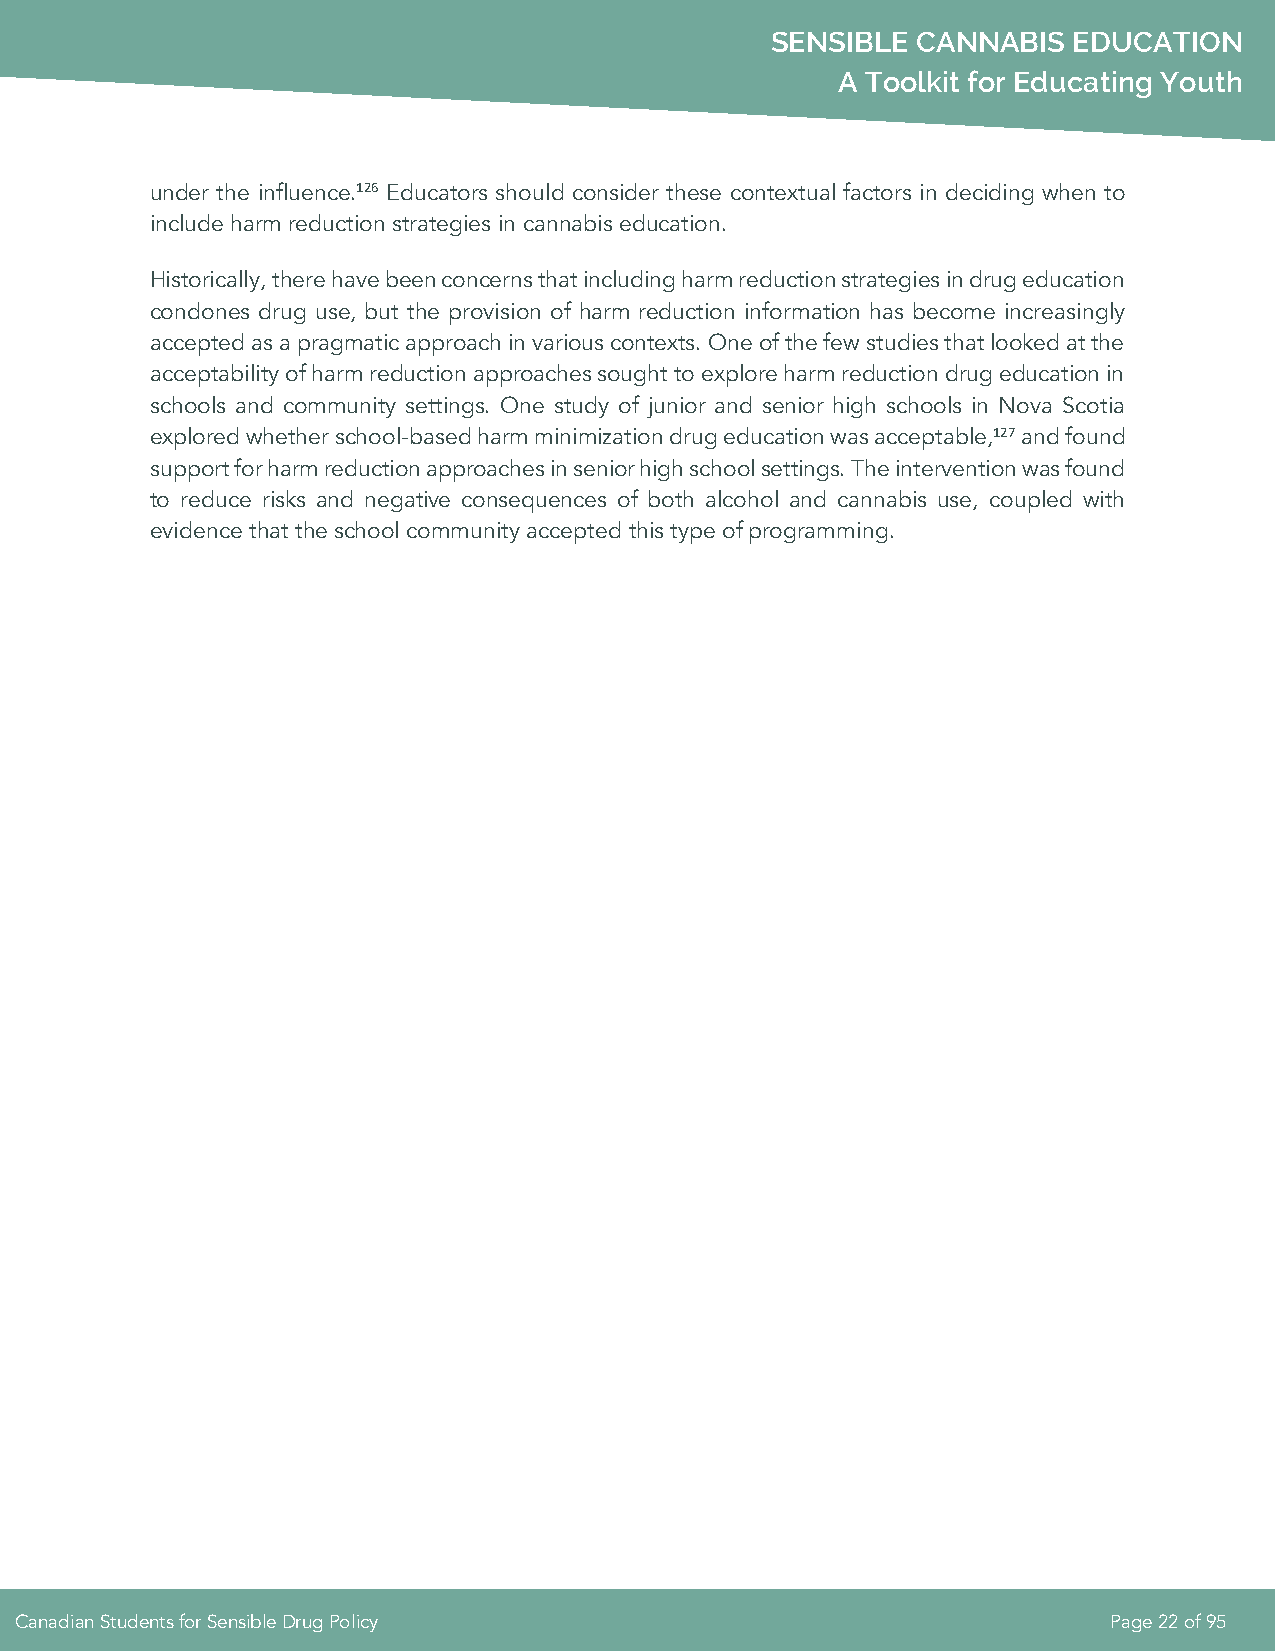
SENSIBLE  CANNABIS  EDUCATION
 A Toolkit for Educating Youth
 under the influence.126 Educators should consider these contextual factors in deciding when to
 include harm reduction strategies in cannabis education.
 Historically, there have been concerns that including harm reduction strategies in drug education
 condones drug use, but the provision of harm reduction information has become increasingly
 accepted as a pragmatic approach in various contexts. One of the few studies that looked at the
 acceptability of harm reduction approaches sought to explore harm reduction drug education in
 schools and community settings. One study of junior and senior high schools in Nova Scotia
 explored whether school-based harm minimization drug education was acceptable,127 and found
 support for harm reduction approaches in senior high school settings. The intervention was found
 to reduce risks and negative consequences of both alcohol and cannabis use, coupled with
 evidence that the school community accepted this type of programming.
 Canadian Students for Sensible Drug Policy                              Page 22 of 95